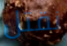
نقتل